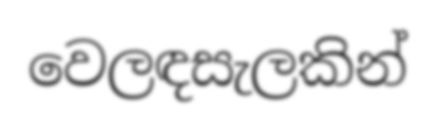
වෙලඳසැලකින්